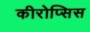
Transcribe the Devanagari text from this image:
कीरोप्सिस